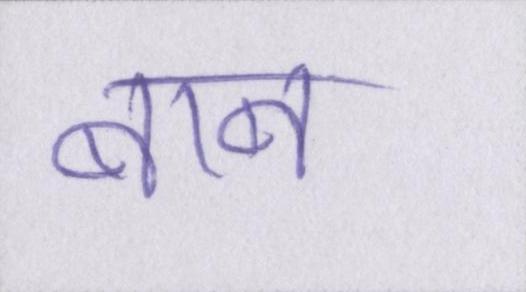
बाब